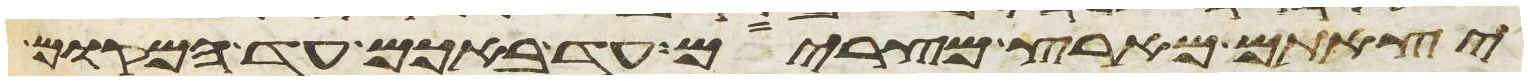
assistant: יצאתם מארץ מצרים עד באכם עד המקום